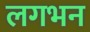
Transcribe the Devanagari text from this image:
लगभन